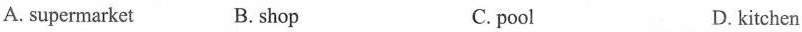
A. supermarket B. shop C. pool D. kitchen